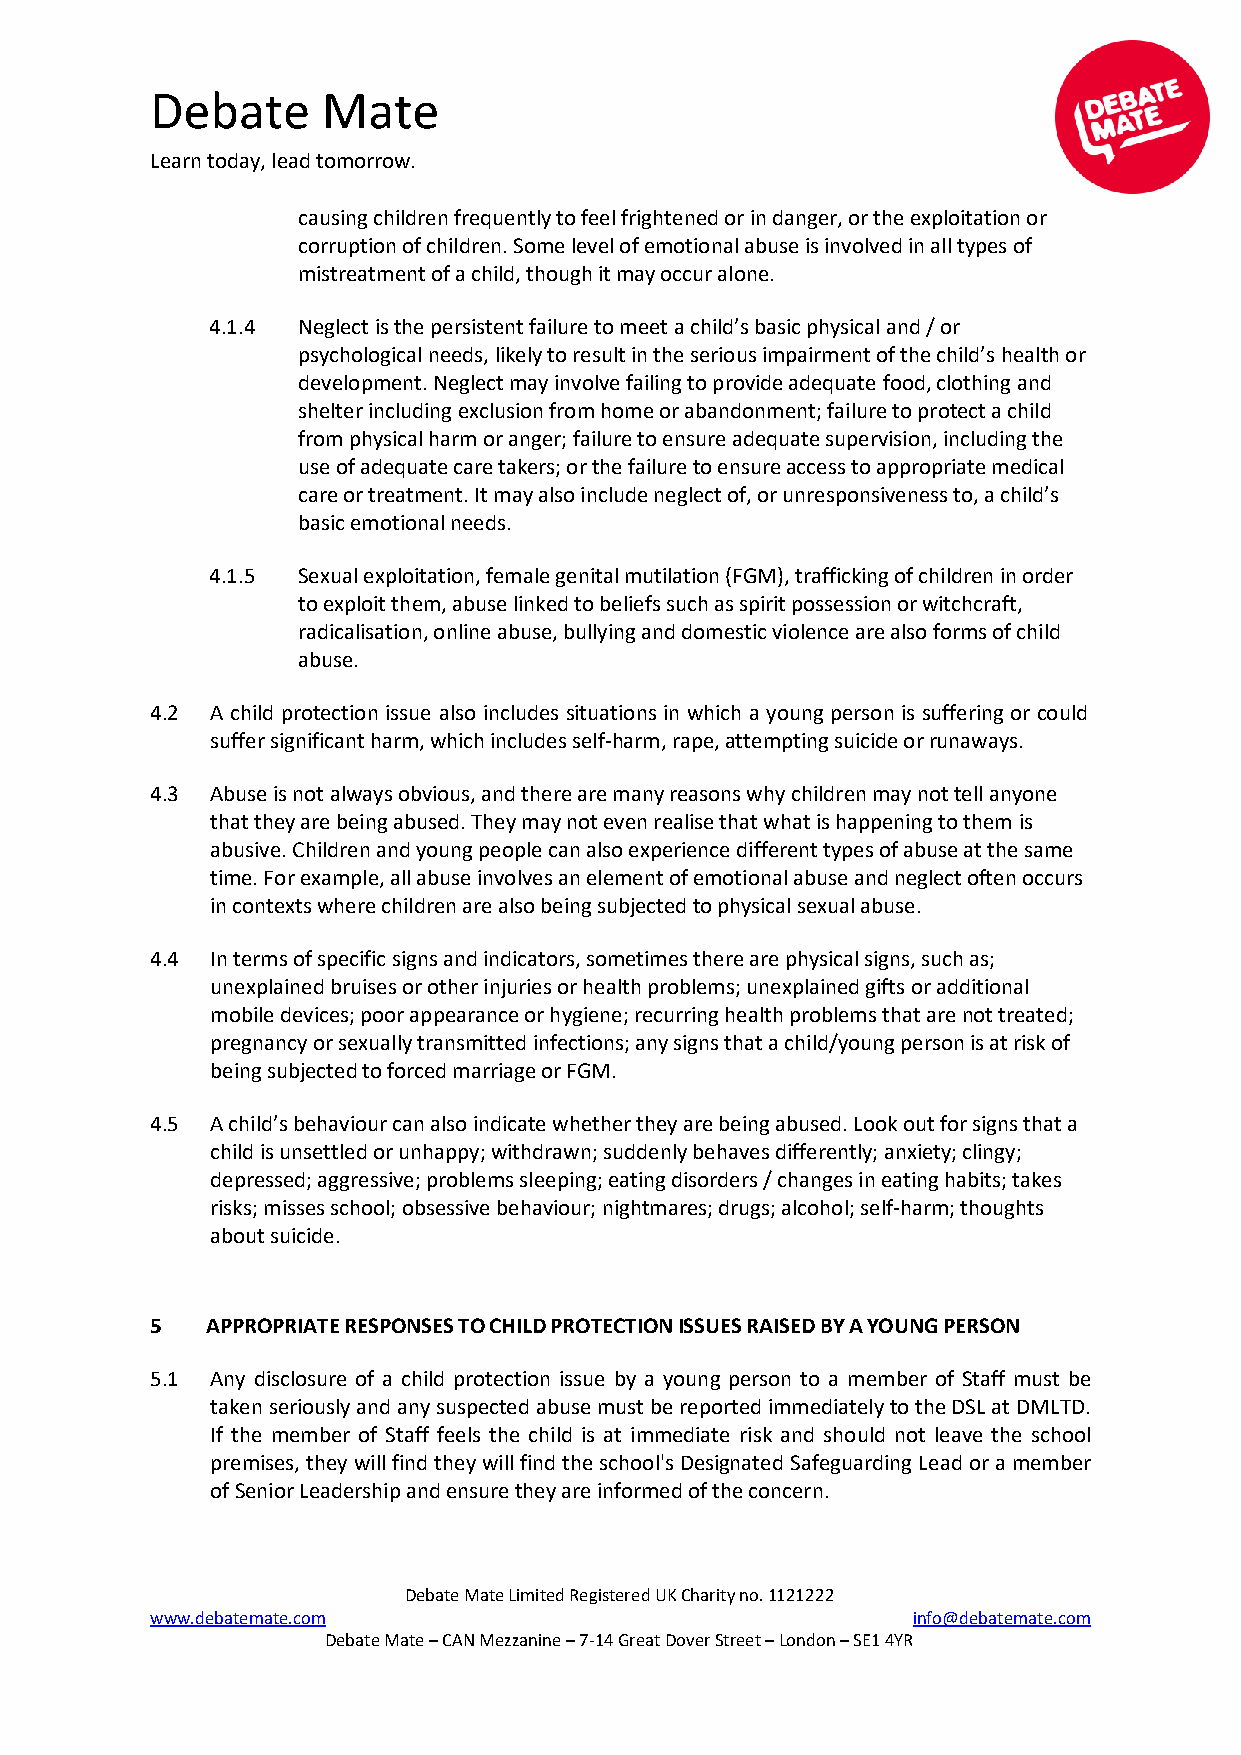
Debate     Mate
 Learn today, lead tomorrow.
 causing children frequently to feel frightened or in danger, or the exploitation or
 corruption of children. Some level of emotional abuse is involved in all types of
 mistreatment of a child, though it may occur alone.
 4.1.4 Neglect is the persistent failure to meet a child’s basic physical and / or
 psychological needs, likely to result in the serious impairment of the child’s health or
 development. Neglect may involve failing to provide adequate food, clothing and
 shelter including exclusion from home or abandonment; failure to protect a child
 from physical harm or anger; failure to ensure adequate supervision, including the
 use of adequate care takers; or the failure to ensure access to appropriate medical
 care or treatment. It may also include neglect of, or unresponsiveness to, a child’s
 basic emotional needs.
 4.1.5 Sexual exploitation, female genital mutilation (FGM), trafficking of children in order
 to exploit them, abuse linked to beliefs such as spirit possession or witchcraft,
 radicalisation, online abuse, bullying and domestic violence are also forms of child
 abuse.
 4.2 A child protection issue also includes situations in which a young person is suffering or could
 suffer significant harm, which includes self-harm, rape, attempting suicide or runaways.
 4.3 Abuse is not always obvious, and there are many reasons why children may not tell anyone
 that they are being abused. They may not even realise that what is happening to them is
 abusive. Children and young people can also experience different types of abuse at the same
 time. For example, all abuse involves an element of emotional abuse and neglect often occurs
 in contexts where children are also being subjected to physical sexual abuse.
 4.4 In terms of specific signs and indicators, sometimes there are physical signs, such as;
 unexplained bruises or other injuries or health problems; unexplained gifts or additional
 mobile devices; poor appearance or hygiene; recurring health problems that are not treated;
 pregnancy or sexually transmitted infections; any signs that a child/young person is at risk of
 being subjected to forced marriage or FGM.
 4.5 A child’s behaviour can also indicate whether they are being abused. Look out for signs that a
 child is unsettled or unhappy; withdrawn; suddenly behaves differently; anxiety; clingy;
 depressed; aggressive; problems sleeping; eating disorders / changes in eating habits; takes
 risks; misses school; obsessive behaviour; nightmares; drugs; alcohol; self-harm; thoughts
 about suicide.
 5   APPROPRIATE RESPONSES TO CHILD PROTECTION ISSUES RAISED BY A YOUNG PERSON
 5.1 Any disclosure of a child protection issue by a young person to a member of Staff must be
 taken seriously and any suspected abuse must be reported immediately to the DSL at DMLTD.
 If the member of Staff feels the child is at immediate risk and should not leave the school
 premises, they will find they will find the school's Designated Safeguarding Lead or a member
 of Senior Leadership and ensure they are informed of the concern.
 Debate Mate Limited Registered UK Charity no. 1121222
 www.debatemate.com                                info@debatemate.com
 Debate Mate – CAN Mezzanine – 7-14 Great Dover Street – London – SE1 4YR